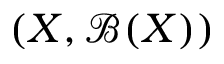
( X , { \mathcal { B } } ( X ) )